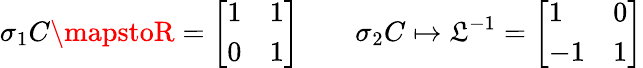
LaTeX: \sigma_{1}C\mapstoR={\left[\begin{array}{ll}{1}&{1}\\ {0}&{1}\end{array}\right]}\qquad\sigma_{2}C\mapsto\mathfrak{L}^{-1}={\left[\begin{array}{ll}{1}&{0}\\ {-1}&{1}\end{array}\right]}